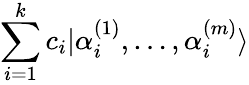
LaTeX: \sum_{i=1}^{k}c_{i}|\alpha_{i}^{(1)},\dots,\alpha_{i}^{(m)}\rangle